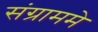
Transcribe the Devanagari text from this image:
संग्राममे